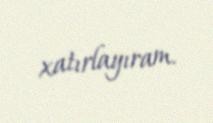
xatırlayıram.